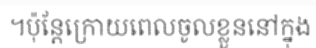
។ប៉ុន្តែក្រោយពេលចូលខ្លួននៅក្នុង